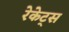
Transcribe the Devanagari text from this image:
रेकेट्स